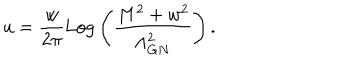
u = \frac { w } { 2 \pi } \mathrm { L o g } \left( \frac { M ^ { 2 } + w ^ { 2 } } { \Lambda _ { G N } ^ { 2 } } \right) .